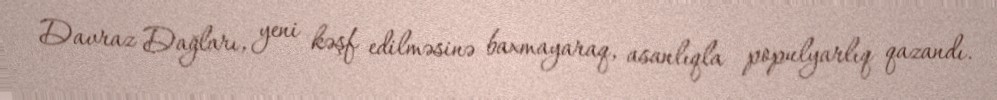
Davraz Dağları, yeni kəşf edilməsinə baxmayaraq, asanlıqla populyarlıq qazandı.